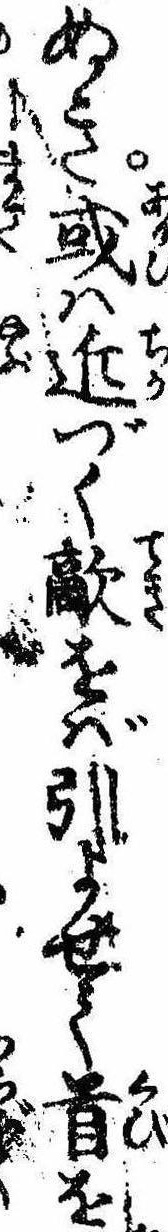
ぬき或は近づく敵をば引よせて首を